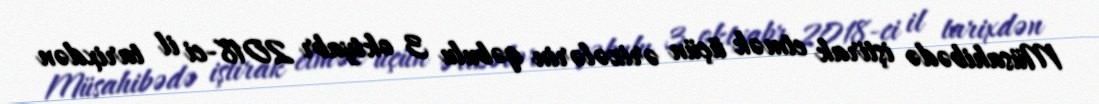
Müsahibədə iştirak etmək üçün ərizələrin qəbulu 3 oktyabr 2018-ci il tarixdən